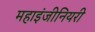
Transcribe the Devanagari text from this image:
महाइंजीनियरी